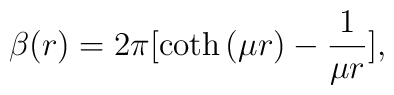
\beta(r) = {2\pi} [ \coth{(\mu r)}- \frac{1}{\mu r} ],